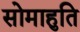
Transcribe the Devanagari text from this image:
सोमाहुति